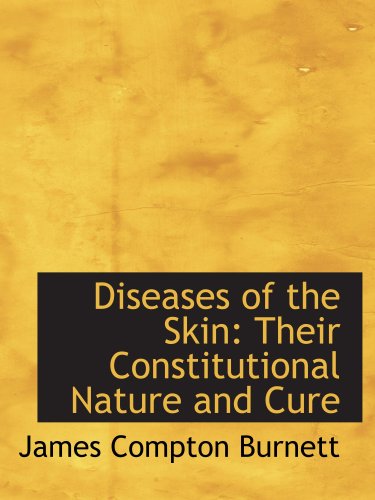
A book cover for Diseases of the Skin: Their Constitutional Nature and Cure; James Compton Burnett; Health, Fitness & Dieting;